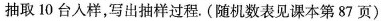
抽取10台入样，写出抽样过程。(随机数表见课本第87页)